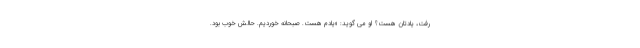
رفت، یادتان هست؟ او می گوید: «یادم هست. صبحانه خوردیم. حالش خوب بود.